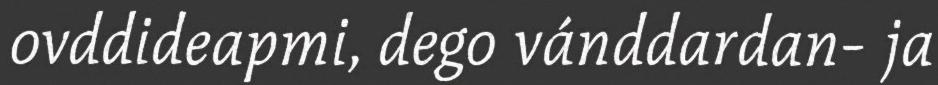
ovddideapmi, dego vánddardan- ja